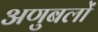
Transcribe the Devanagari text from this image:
अणुबलों